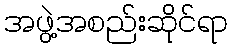
အဖွဲ့အစည်းဆိုင်ရာ